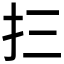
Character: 𰒼